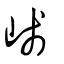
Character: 㟞